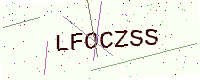
Text: LFOCZSS